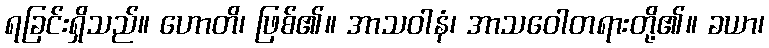
ရခြင်းရှိသည်။ ဟောတိ၊ ဖြစ်၏။ အာသဝါနံ၊ အာသဝေါတရားတို့၏။ ခယာ၊